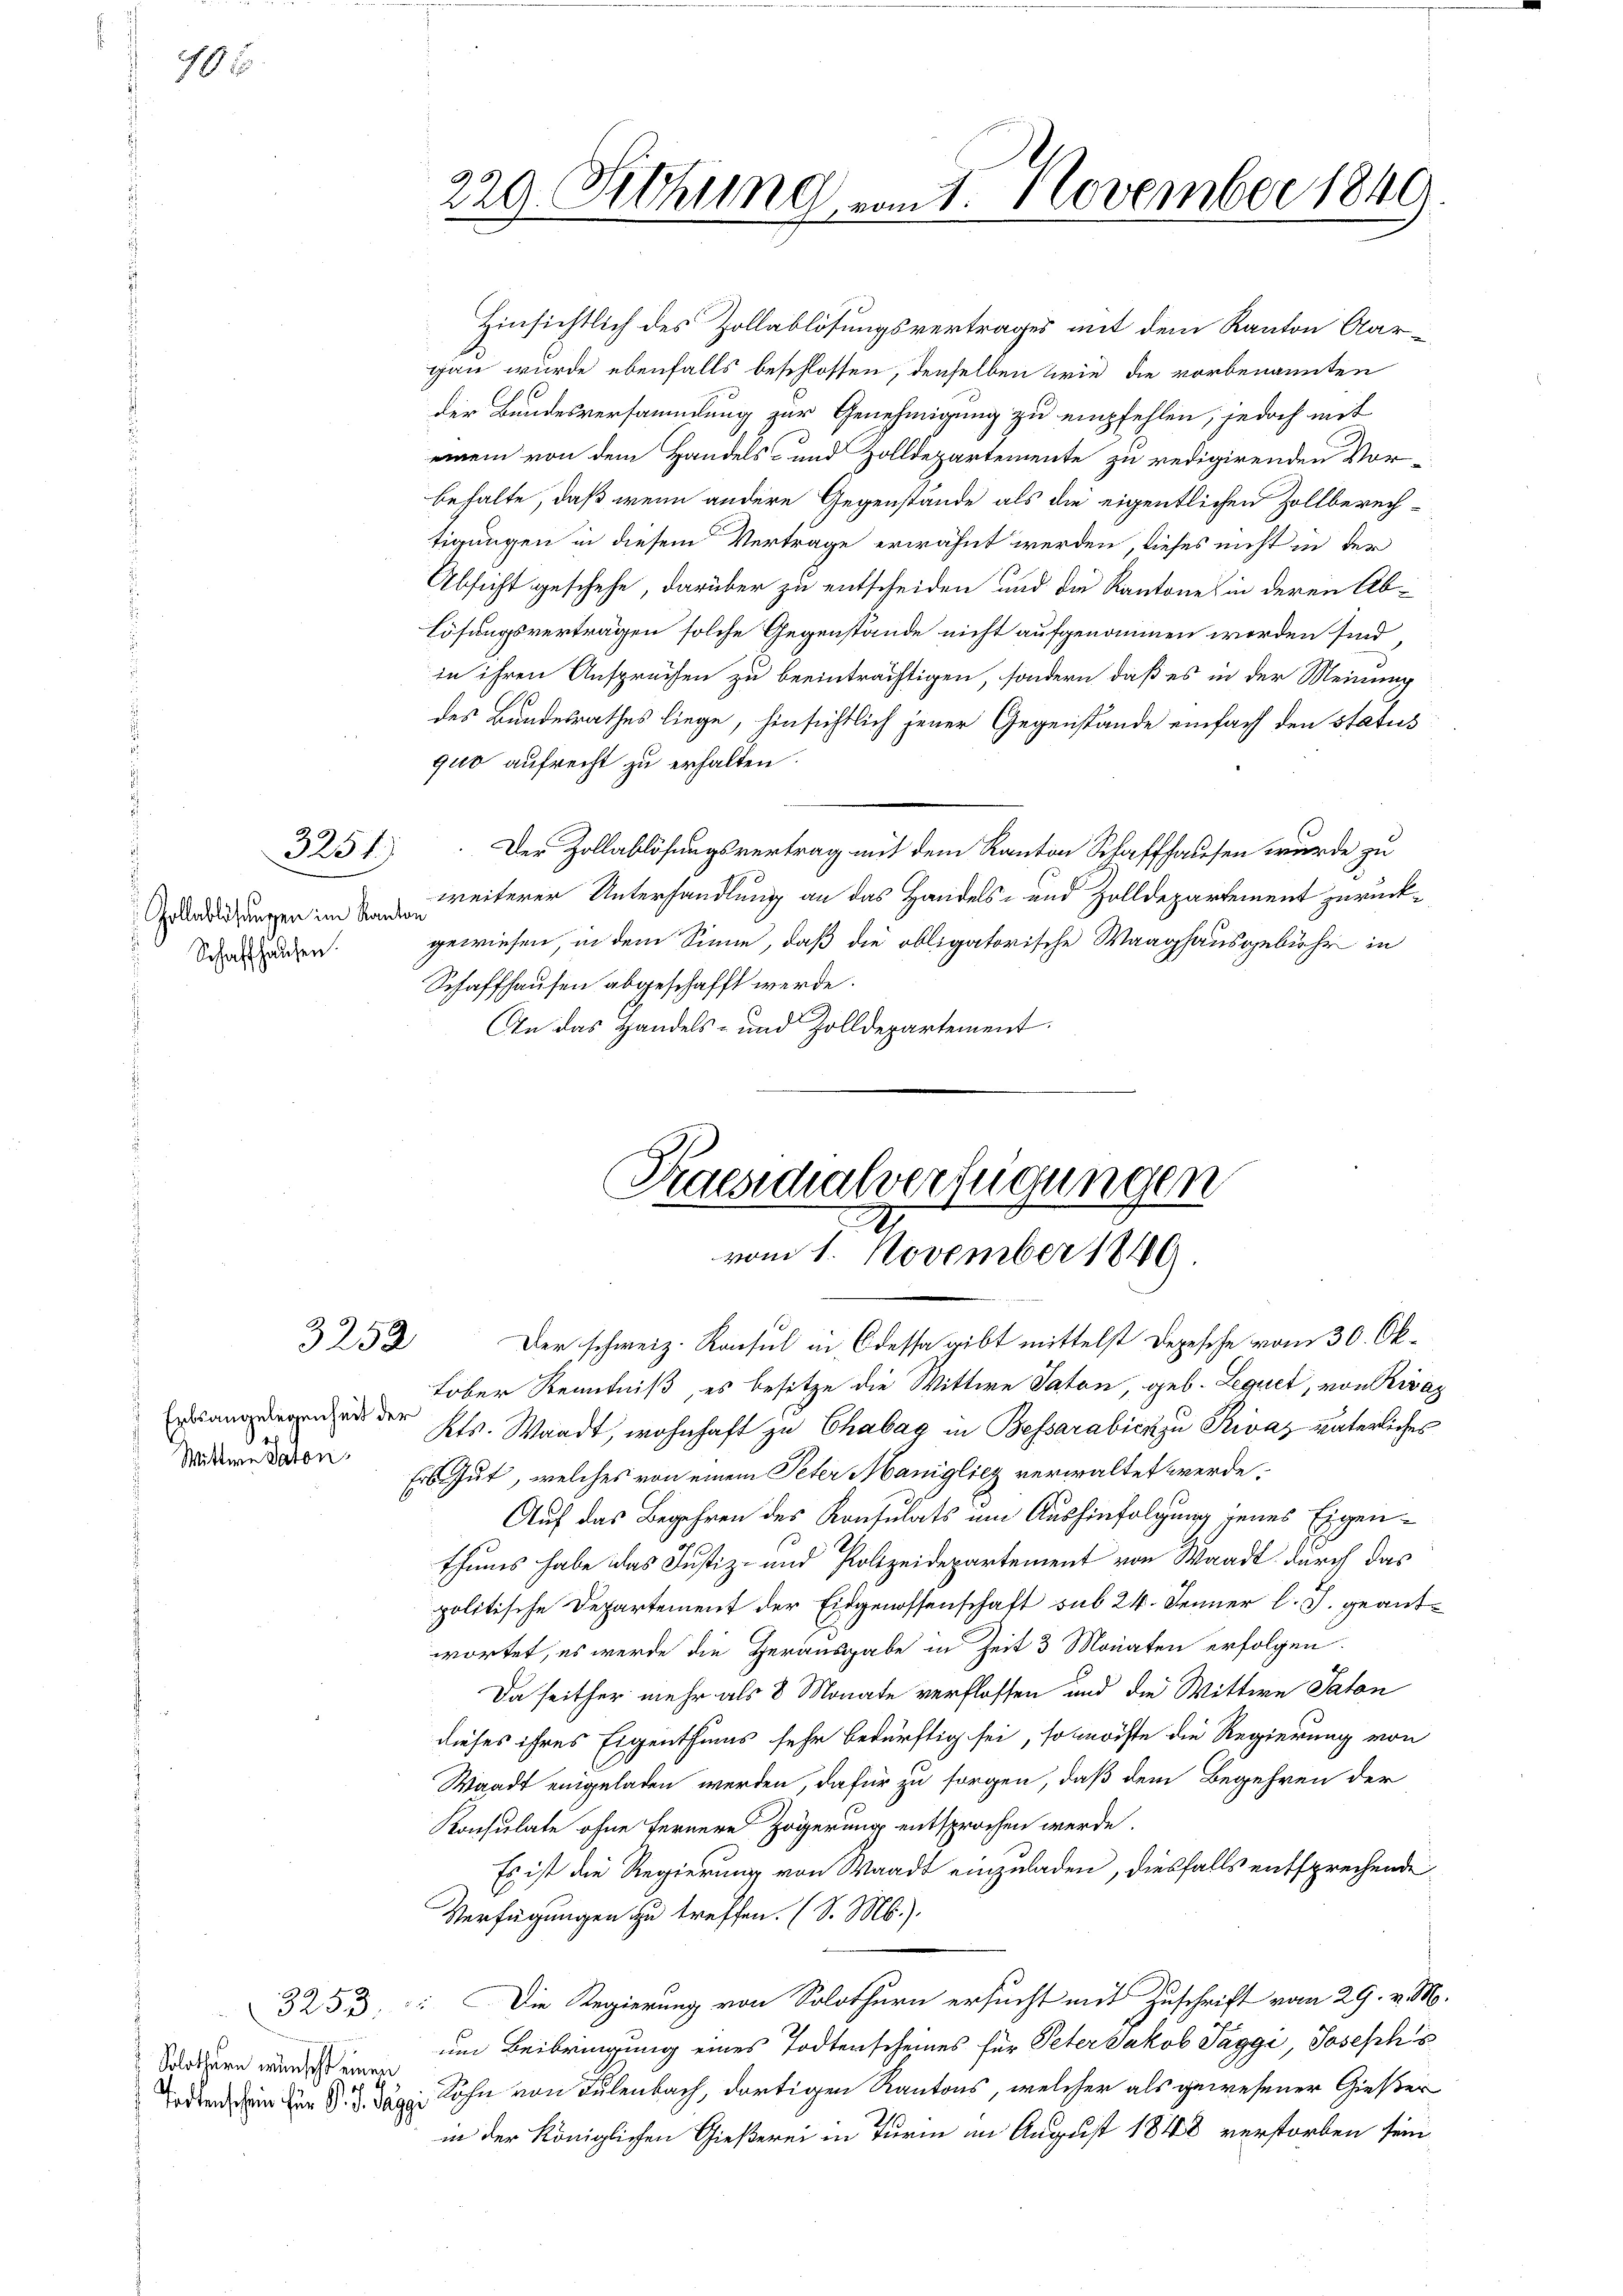
10

Gollablösungen im Kanton
Schaffhausen.

3251)

3252

Erbsangelegenheit der
Muttere Paton

Solothurn wünscht einen

220. Sitzung vom 1. November 1849
2

Hinsichtlich des Zollablösungsvertrages mit dem Kanton Aargau wurde ebenfalls beschlossen, denselben wie die vorbenannten
der Bundesversammlung zur Genehmigung zu empfehlen, jedoch mit
einem von dem Handels- und Zolldepartemente zu redigirenden Vorbehalte, daß wenn andere Gegenstände als die eigentlichen Zollberechtigungen in diesem Vertrage erwähnt werden, dieses nicht in der
Absicht geschehe, darüber zu entscheiden und die Kantone in deren Ab-
Lösungsverträgen solche Gegenstände nicht aufgenommen werden sind
in ihren Ansprechen zu beeinträchtigen, sondern, daß es in der Meinung
des Bundesrathes liege, hinsichtlich jener Gegenstände einfach den status
gut aufrecht zu erhalten.
Der Zollablösungsvertrag mit dem Kanton Schaffhausen wurde zu
weiterer Unterhandlung an das Handels- und Zolldepartement zurückgewiesen, in dem Sinne, daß die obligatorische Waaghausgebühr in
Schaffhausen abgeschafft werde.
An das Handels- und Zolldepartement.

Praesidialverfügungen
vom 1. November 1819.

Der schweiz. Konsul in Odessa gibt mittelst Depesche vom 30. Oktober Kenntniß, es besitze die Wittwe Saton, geb. Lequet, von Rivaz
Kts. Waadt, wohnhaft zu Chabag in Bessarabicz zu Rivaz väterliches
Erbe gut, welches von einem Peter Maniglicz verwaltet werde.
Auf das Begehren des Konsulats um Aushinfolgung jenes Eigenthums habe das Justiz- und Polizeidepartement von Waadt durch das
politische Departement der Eidgenossenschaft sub 24. Jenner l. J. geantwortet, es werde die Herausgabe in Zeit 3 Monaten erfolgen.
Da seither mehr als 8 Monate verflossen und die Wittwe Saton
dieses ihres Eigenthums sehr bedürftig sei, so möchte die Regierung von
Waadt eingeladen werden, dafür zu sorgen, daß dem Begehren der
Konsulate ohne fernere Zögerung entsprochen werde.
Es ist die Regierung von Waadt einzuladen, diesfalls entsprechende
Verfügungen zu treffen. (S. M.).
3253: Die Regierung von Solothurn ersucht mit Zuschrift vom 29. v. M.
um Beibringung eines Todtenscheines für Peter Jakob Saggi, Josephis
Todten in für d. d. Das Sohn von Tulenbach, dortigen Kantons, welcher als gewesener Gießer
in der Königlichen Gießerei in Turm im August 1848 verstorben sein